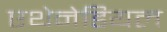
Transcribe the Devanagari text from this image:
एथेनेडियल